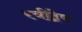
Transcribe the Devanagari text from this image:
स्त्रीद्वेष